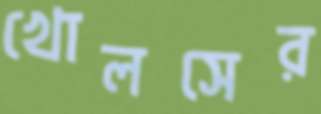
খোলসের